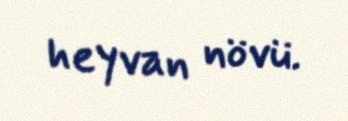
heyvan növü.